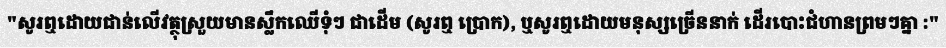
"សូរឮដោយជាន់លើវត្ថុស្រួយមានស្លឹកឈើទុំៗ ជាដើម (សូរឮ ប្រោក), ឬសូរឮដោយមនុស្សច្រើននាក់ ដើរបោះជំហានព្រមៗគ្នា :"